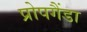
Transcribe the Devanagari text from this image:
प्रोपगैंडा